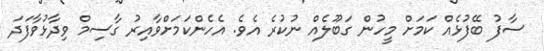
ސާފު ބޭފުޅެއް ކަމަށް މީހުން ގަބޫލެއް ނުކުރެ އެވެ. އެހެންކަމަށްވާއިރު ގާސިމް ވިދާޅުވާފަދަ